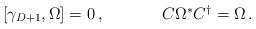
LaTeX: \begin{align*}\begin{array}{cc}[\gamma_{D+1},\Omega]=0\,,~~~~&~~~~C\Omega^{\ast}C^{\dagger}=\Omega\,.\end{array}\end{align*}